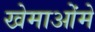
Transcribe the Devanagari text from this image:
खेमाओंमे